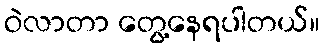
ဝဲလာတာ တွေ့နေရပါတယ်။